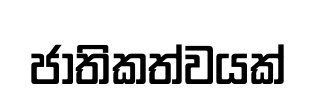
ජාතිකත්වයක්